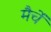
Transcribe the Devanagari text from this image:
मैचें